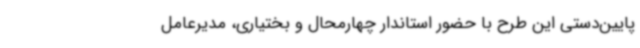
پایین‌دستی این طرح با حضور استاندار چهارمحال و بختیاری، مدیرعامل